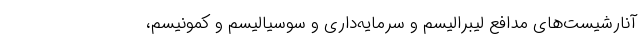
آنارشیست‌های مدافع لیبرالیسم و سرمایه‌داری و سوسیالیسم و کمونیسم،